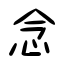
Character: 念